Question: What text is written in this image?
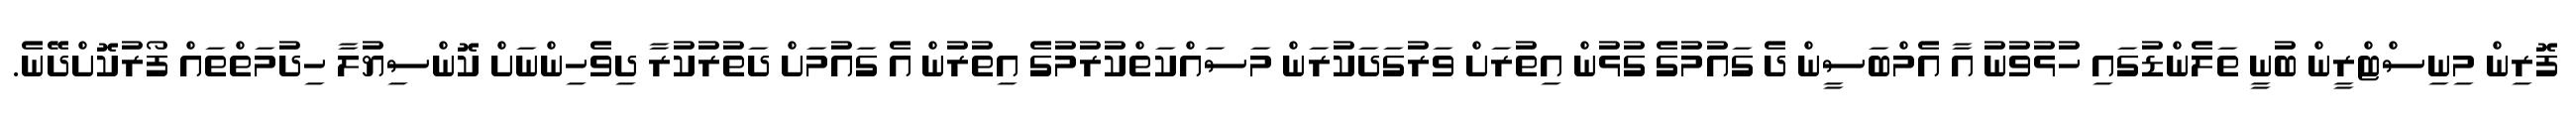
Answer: ފޮރިން މިނިސްޓްރީން ބުނީ ތަލެންޑުގައި ހުޅުވުނު އާ އެމްބަސީން ދެ ގައުމުގެ ގުޅުން އިތުރަށް ވަރުގަދަކުރަން މަސައްކަތްކުރުމުގެ އިތުރުން އެ ގައުމަށް ދަތުރުކުރާ ދިވެހިންނަށް ކޮންސިޔުލާ ހިދުމަތްތައް ފޯރުކޮށްދޭނެ.